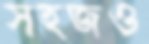
সহজও